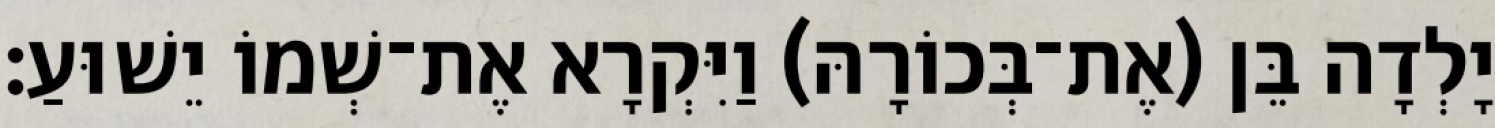
יָלְדָה בֵּן (אֶת־בְּכוֹרָהּ) וַיִּקְרָא אֶת־שְׁמוֹ יֵשׁוּעַ׃